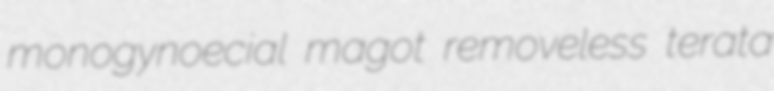
monogynoecial magot removeless terata